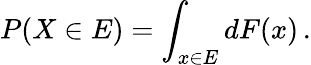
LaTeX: P(X\in E)=\int_{x\in E}dF(x)\, .